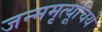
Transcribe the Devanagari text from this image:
जन्ममृत्यूंचिये